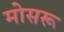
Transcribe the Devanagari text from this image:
मोसरू